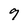
Character: 9